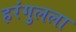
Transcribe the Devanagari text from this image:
हरंगुलला